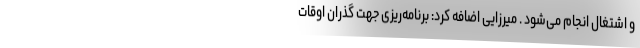
و اشتغال انجام می‌شود . میرزایی اضافه کرد: برنامه‌ریزی جهت گذران اوقات